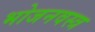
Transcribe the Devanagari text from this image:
भोजनवस्त्र